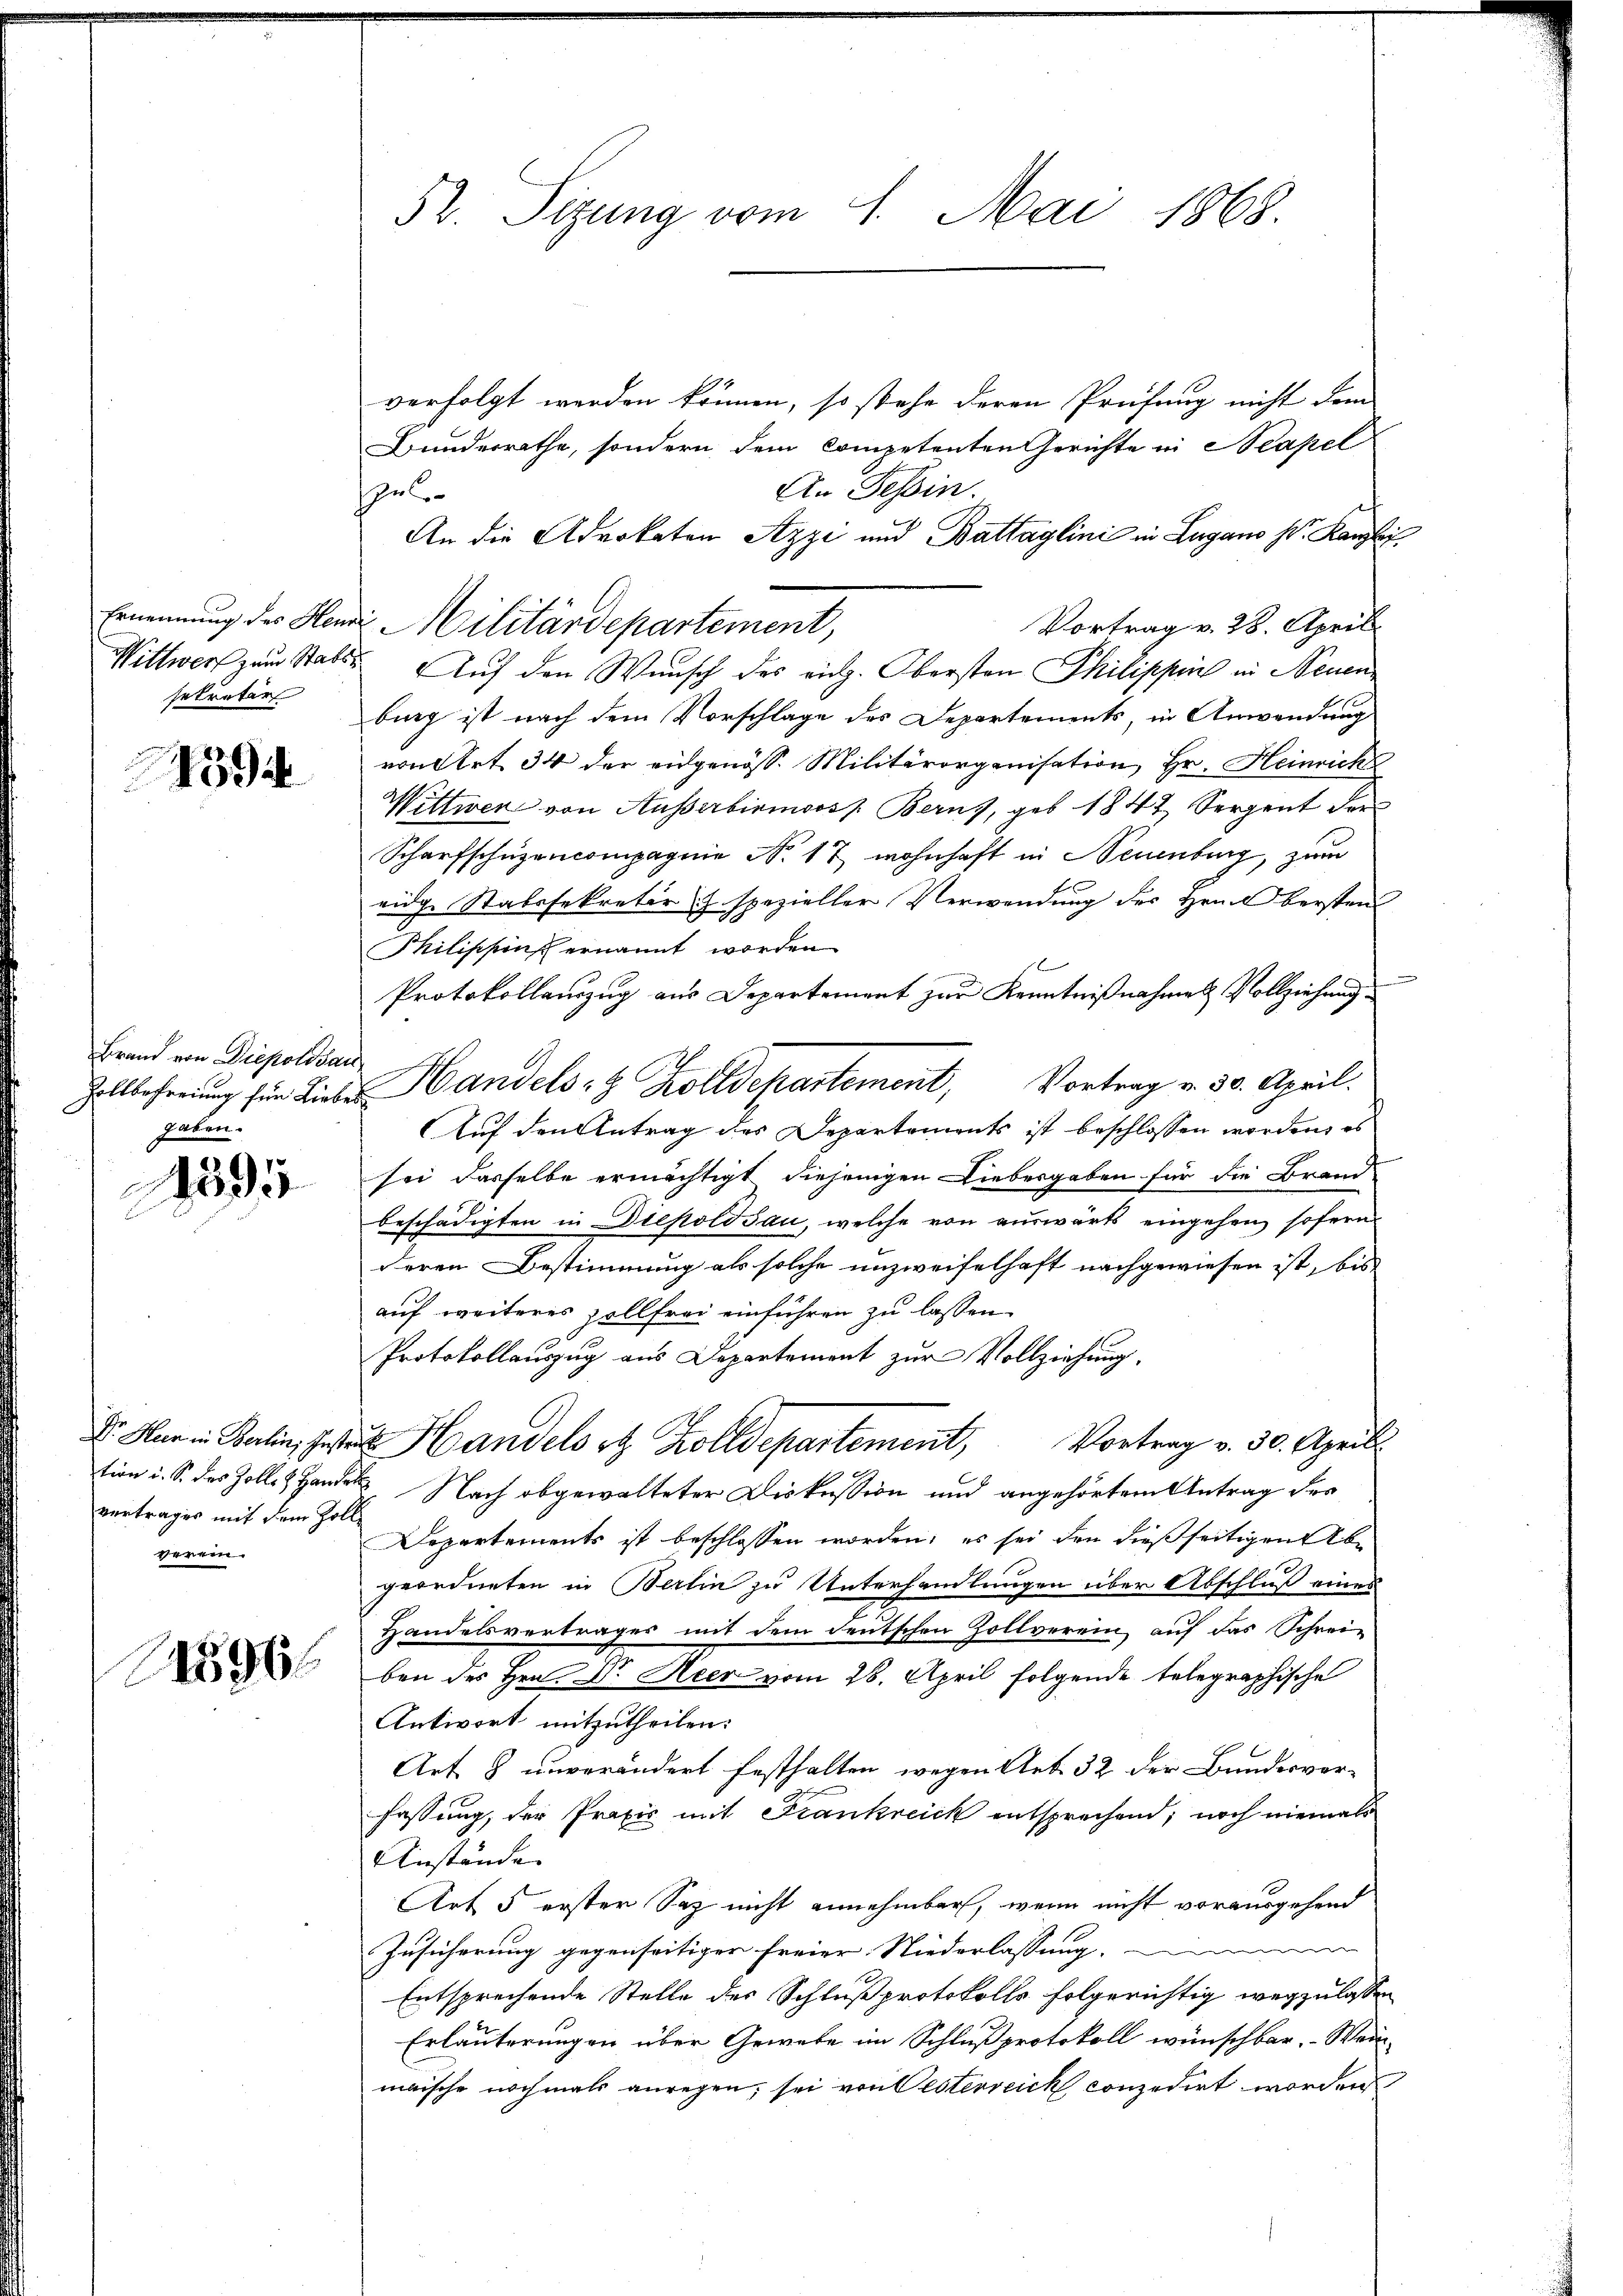
sekretär

F

1394

Brand von Diepoldsau
gaten.

1295

tion i. S. des Zolle 3 Hande
vertrages mit dem Zolle
verein.

12596

52. Sizung vom 1. Mai 1868.

verfolgt werden können, so stehe deren Prüfung nicht dem
Bunderrathe, sondern dem competenten Gerichte in Neapel
An Tessin.
spel
An die Advokaten Azzi und Battaglinić in Lugano St. Kanzlei
Vortrag v. 28. April.
Wittwerf zum Stabe Auf den Wunsch des rich. Obersten Philippen in Neuen
burg ist nach dem Vorschlage des Departements, in Anwendung
von Art. 34 der eidgenöss. Militärorganisation, Hr. Heinrich
Wittwer von Ausserbirmooss. Berns, geb. 1847 Serpent der
Scharfschüzencompagnie No. 17 wohnhaft in Neuenburg, zum
eidg. Stabsfekreter & spezieller Verwendung des Hrn. Obersten
Philischens ernannt worden
Protokollenzug aus Departement zur Kenntnißnahmen Vollziehung
Zollbefreiung für Liebe Handels- & Zolldepartement, Vortrag v. 30. April.
Auf den Antrag des Departements ist beschlossen worden, es
sei dasselbe ermächtigt diejenigen Liebesgaben für die Brand-
beschädigten in Diepoldsau, welche von auswärts eingehen sofern
deren Bestimmung als solche unzweifelhaft nachgewiesen ist, bis
auf weiteres sollfrei einführen zu lassen
Protokollauszug aus Departement zur Vollziehung.
Dr. War in Berlin, Jeste Handels et Zolldepartement, Vortrag v. 30. Aprill
g
Nach abgewalteter Diskussion und angehörtem Antrag des
Departements ist beschlossen worden; es sei den dießseitigen Abe
geordneten in Berlin zu Unterhandlungen über Abschluß eines
Handelsvertrages mit dem deutschen Zollverein, auf das Schreiben des Hrn. Dr. Heer vom 28. April folgende telegraphische
Antwort mitzutheilen.
Art & unverändert festhalten wegen Art. 32 der Bundesverfassung, der Praxis mit Frankreick entsprechend; noch niemals
Anstände
Art 5 erster Satz nicht annehmbar, wenn nicht vorausgehend
Zusicherung gegenseitiger freier Niederlassung, immer
Entsprechende Stelle des Schlußprotokolls folgerichtig wegzulassen
Erläuterungen über Gewebe im Schlußprotokoll wünschbar. Wein
maische nochmals anregen, sei von Oesterreich conzedirt worden

Ernennung der Hande Militärdepartement,